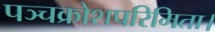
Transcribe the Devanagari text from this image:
पञ्चक्रोशपरिमिता।